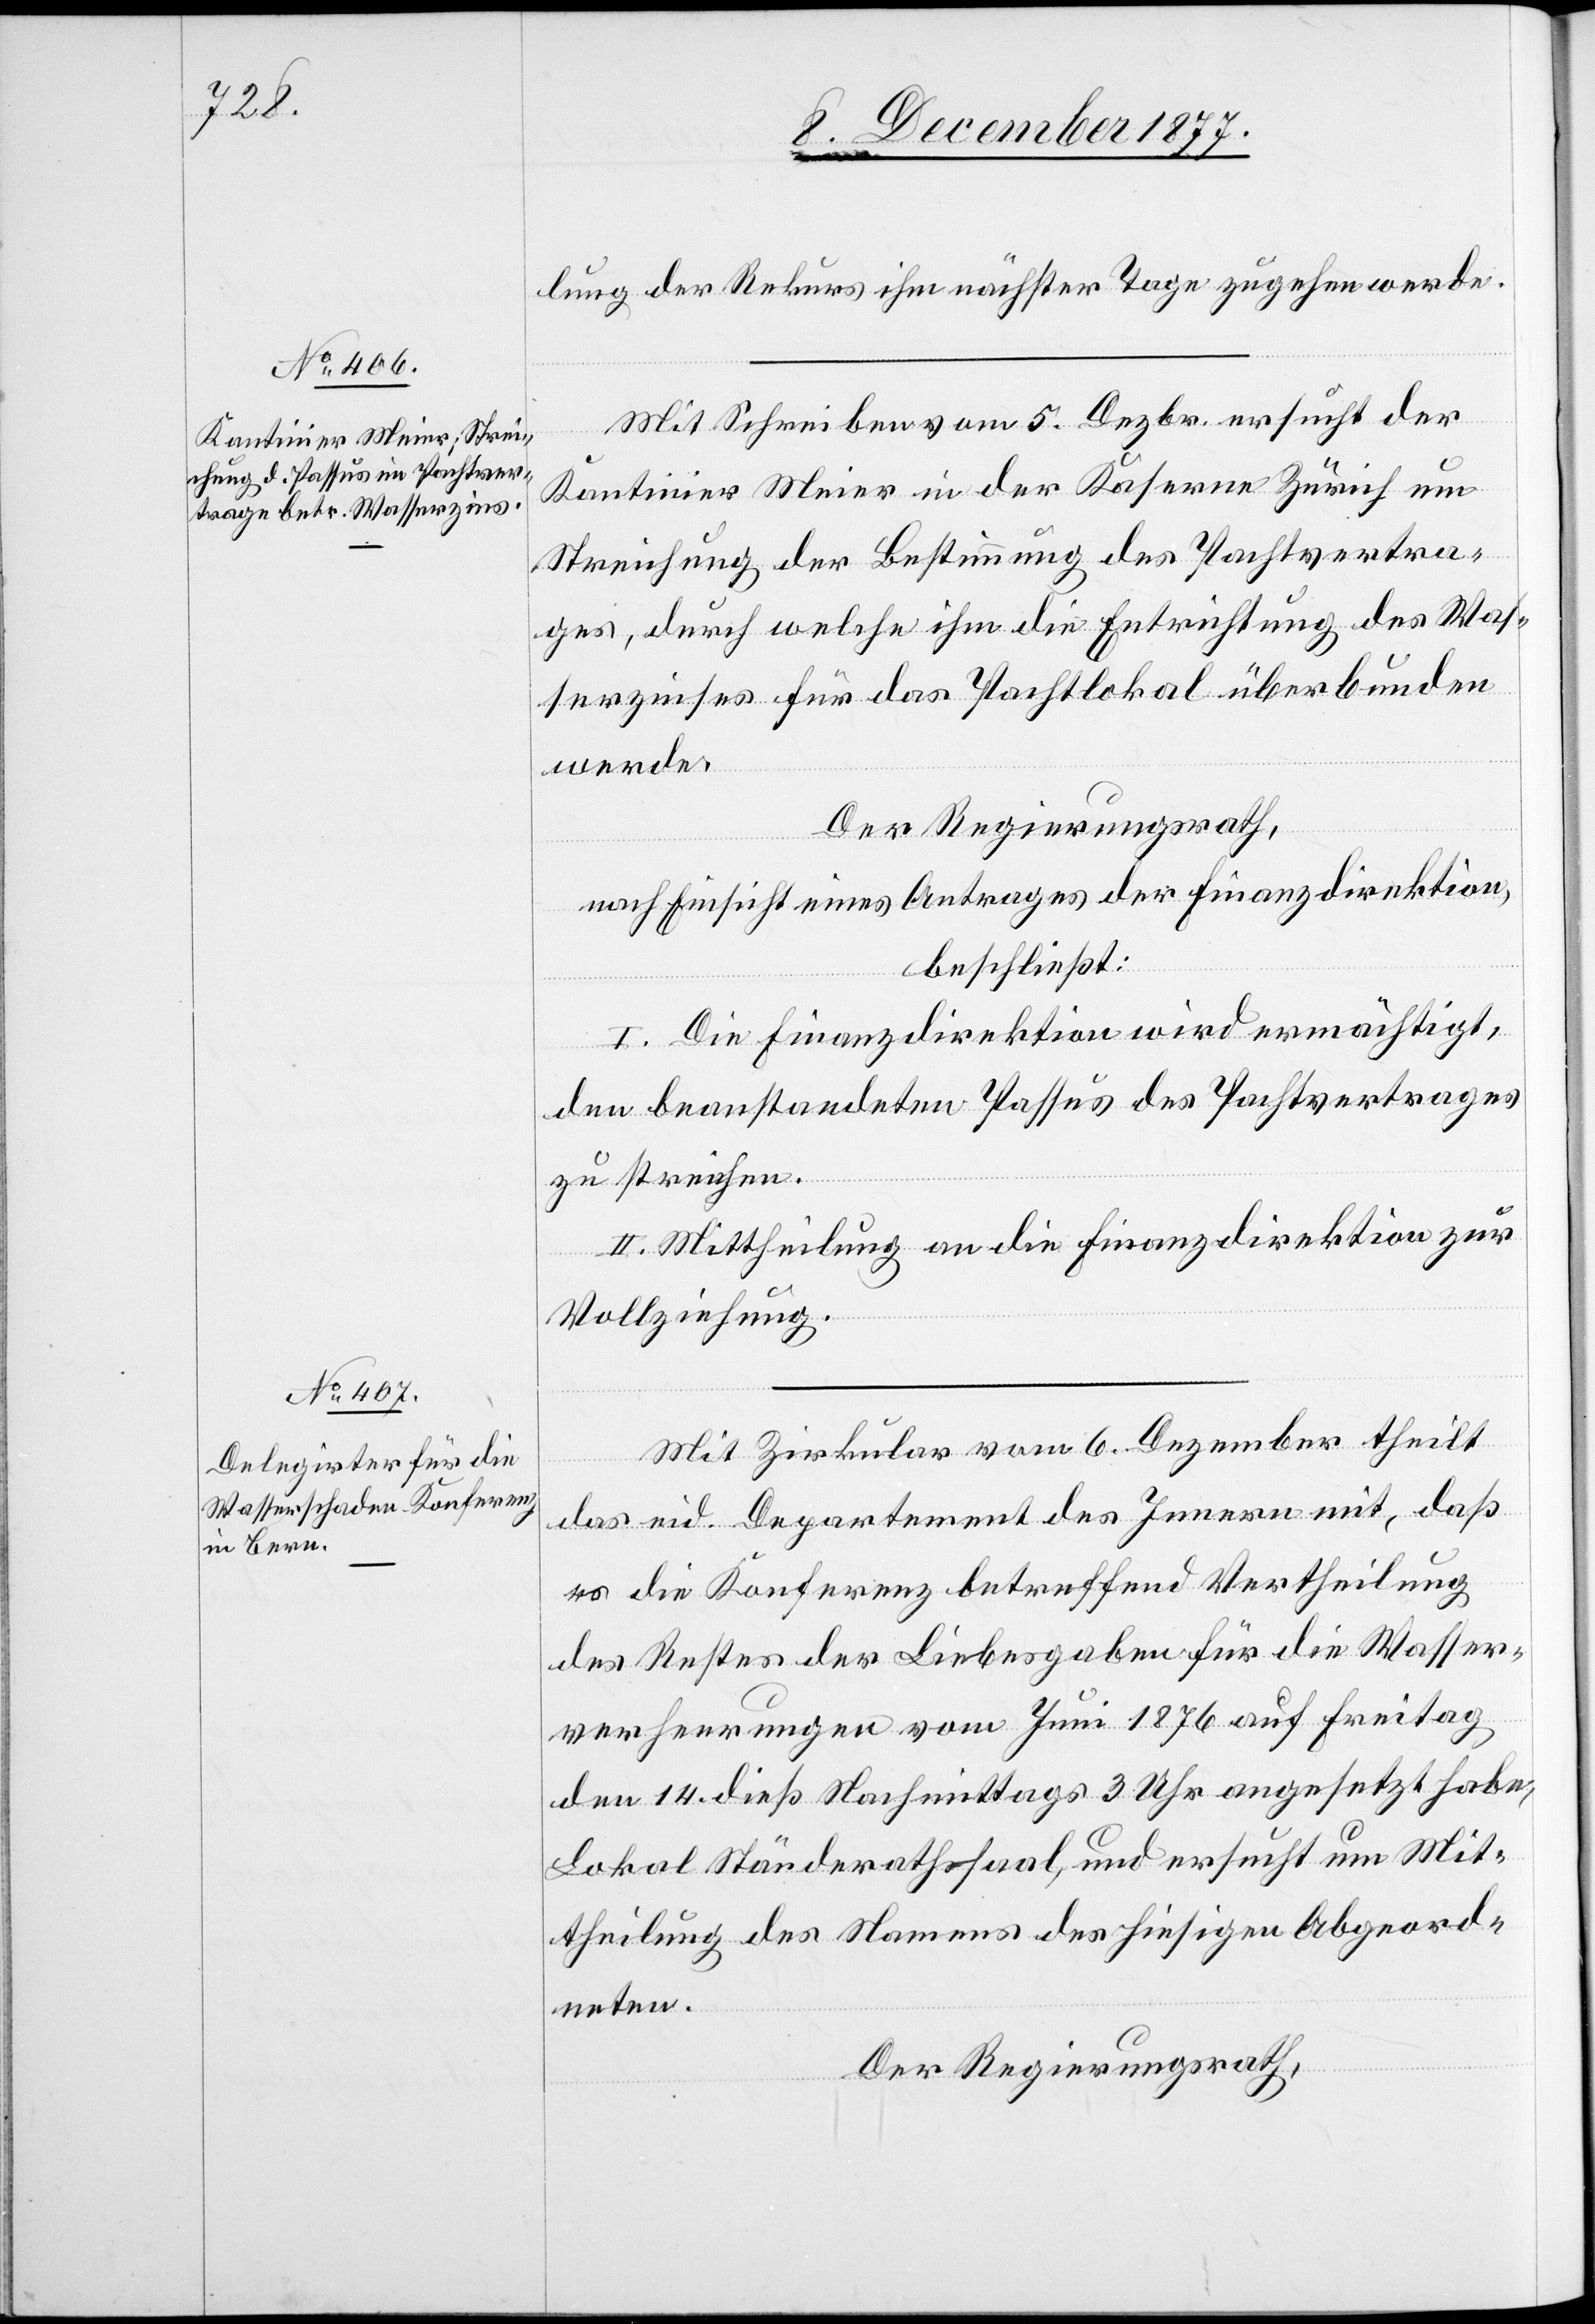
lung der Rekurs ihm nächster Tage zugehen werde.
Mit Schreiben vom 5. Dezbr. ersucht der
Kantinier Meier in der Kaserne Zürich um
Streichung der Bestimmung des Pachtvertra¬
ges, durch welche ihm die Entrichtung des Was¬
serzinses für das Pachtlokal überbunden
werde.
Der Regierungsrath,
nach Einsicht eines Antrages der Finanzdirektion,
beschließt:
I. Die Finanzdirektion wird ermächtigt,
den beanstandeten Passus des Pachtvertrages
zu streichen.
II. Mittheilung an die Finanzdirektion zur
Vollziehung.
Mit Zirkular vom 6. Dezember theilt
das eid. Departement des Innern mit, daß
es die Konferenz betreffend Vertheilung
des Restes der Liebesgaben für die Wasser¬
verheerungen vom Juni 1876 auf Freitag
den 14. dieß Nachmittags 3 Uhr angesetzt habe,
Lokal Ständerathssaal, und ersucht um Mit¬
theilung des Namens des hiesigen Abgeord¬
neten.
Der Regierungsrath,